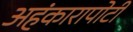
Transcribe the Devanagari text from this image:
अहंकारापोटी